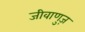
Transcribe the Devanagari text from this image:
जीवाणुज़